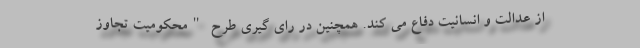
از عدالت و انسانیت دفاع می کند. همچنین در رای گیری طرح "محکومیت تجاوز